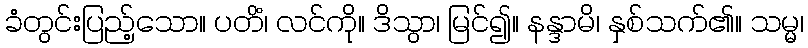
ခံတွင်းပြည့်သော။ ပတိံ၊ လင်ကို။ ဒိသွာ၊ မြင်၍။ နန္ဒာမိ၊ နှစ်သက်၏။ သမ္မ၊